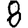
Digit: 8